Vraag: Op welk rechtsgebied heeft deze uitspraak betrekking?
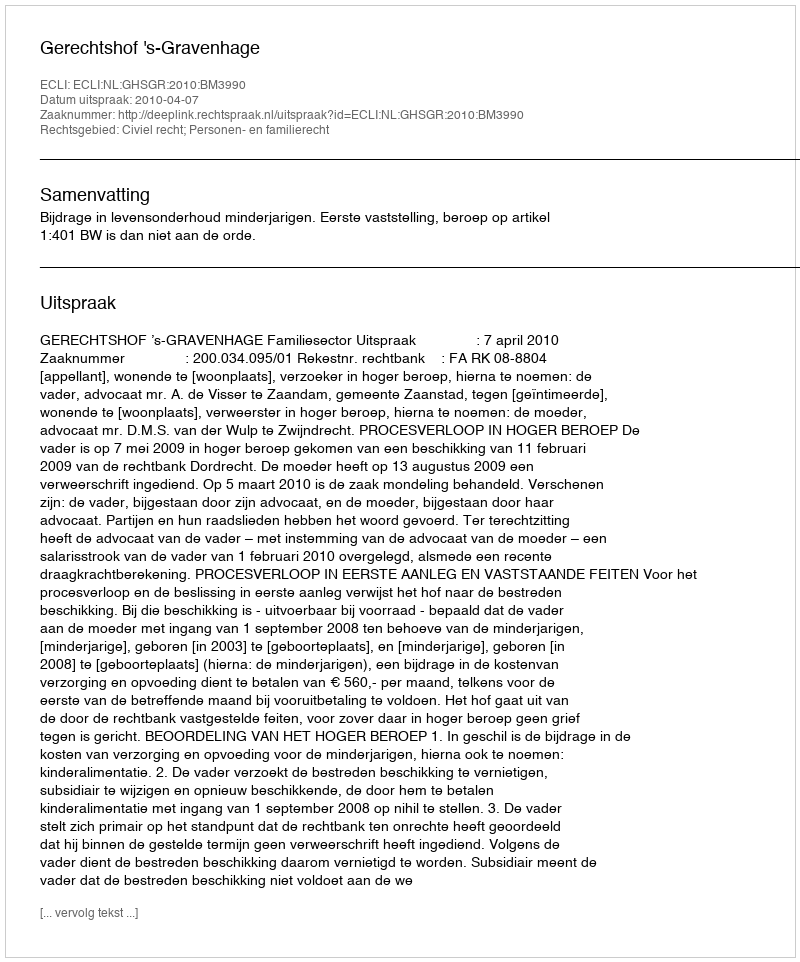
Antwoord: Civiel recht; Personen- en familierecht